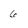
Character: 6